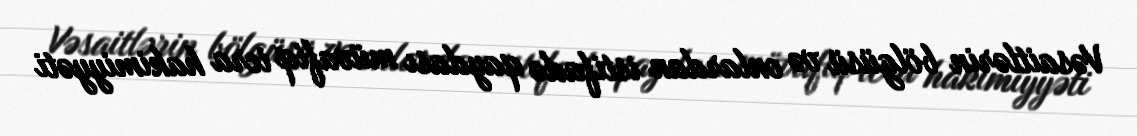
Vəsaitlərin bölgüsü və onlardan istifadə qaydası müvafiq icra hakimiyyəti